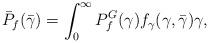
LaTeX: \begin{align*} \bar{P}_f(\bar{\gamma}) = \int_{0}^{\infty} P_f^G(\gamma) f_{\gamma}(\gamma,\bar{\gamma}) \gamma,\end{align*}